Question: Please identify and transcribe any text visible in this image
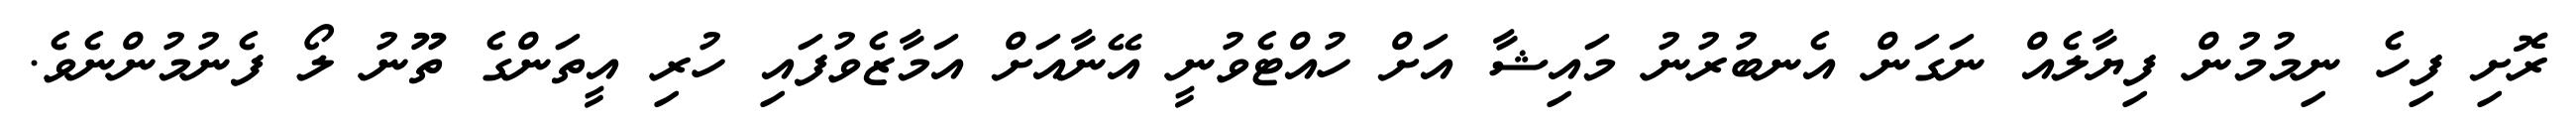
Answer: ރޮށި ފިހެ ނިމުމުން ފިޔާލެއް ނަގަން އެނބުރުނު މައިޝާ އަށް ހުއްޓެވުނީ އޭނާއަށް އަމާޒެވުފައި ހުރި އީތަންގެ ތޫނު ލޯ ފެނުމުންނެވެ.